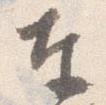
奉